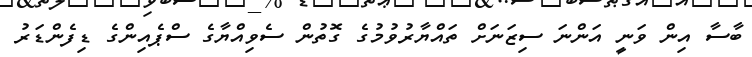
ބާސާ އިން ވަނީ އަންނަ ސިޒަނަށް ތައްޔާރުވުމުގެ ގޮތުން ސެވިއްޔާގެ ސްޕެއިންގެ ޑިފެންޑަރު